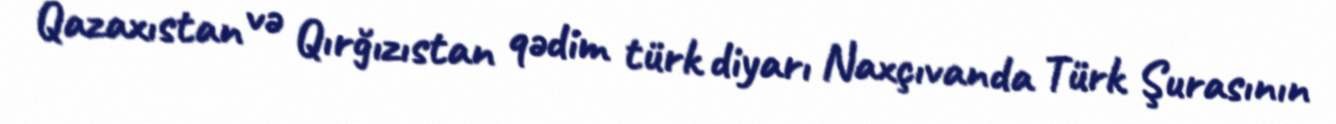
Qazaxıstan və Qırğızıstan qədim türk diyarı Naxçıvanda Türk Şurasının